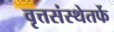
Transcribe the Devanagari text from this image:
वृत्तसंस्थेतर्फे